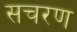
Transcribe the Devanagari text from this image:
सचरण